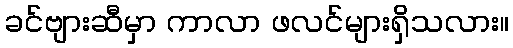
ခင်ဗျားဆီမှာ ကာလာ ဖလင်များရှိသလား။